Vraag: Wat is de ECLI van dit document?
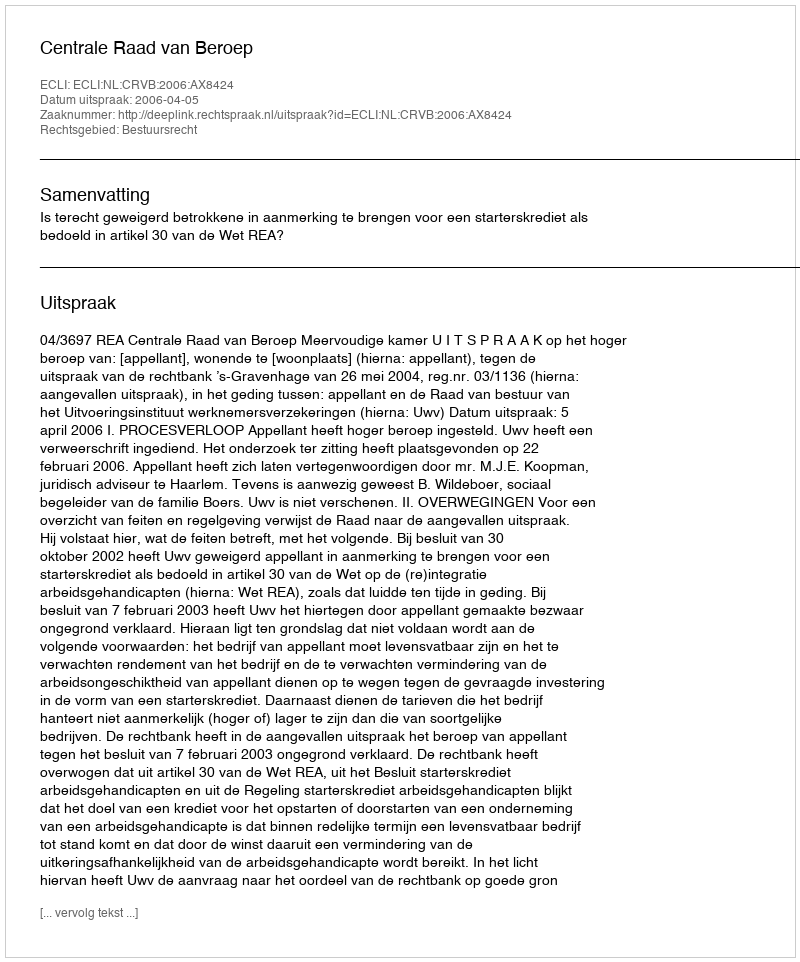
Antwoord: ECLI:NL:CRVB:2006:AX8424